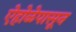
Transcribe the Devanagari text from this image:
ऐहोळेपासून